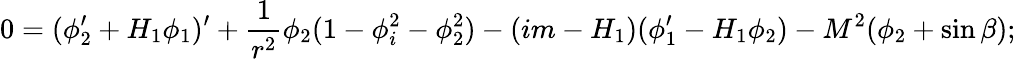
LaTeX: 0=(\phi_{2}^{\prime}+H_{1}\phi_{1})^{\prime}+\frac{1}{r^{2}}\phi_{2}(1-\phi_{i}^{2}-\phi_{2}^{2})-(im-H_{1})(\phi_{1}^{\prime}-H_{1}\phi_{2})-M^{2}(\phi_{2}+\sin\beta);